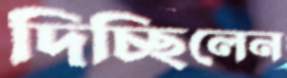
দিচ্ছিলেন